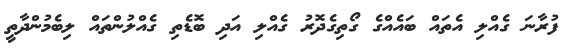
ފުރާނަ ގެއްލި އެތައް ބައެއްގެ ގޯތިގެދޮރު ގެއްލި އަދި ބޮޑެތި ގެއްލުންތައް ލިބެމުންދާތީ